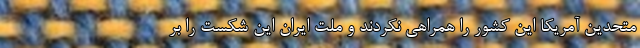
متحدین آمریکا این کشور را همراهی نکردند و ملت ایران این شکست را بر